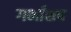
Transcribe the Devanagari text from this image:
गर्भांशय